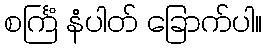
စင်္ကြံ နံပါတ် ခြောက်ပါ။